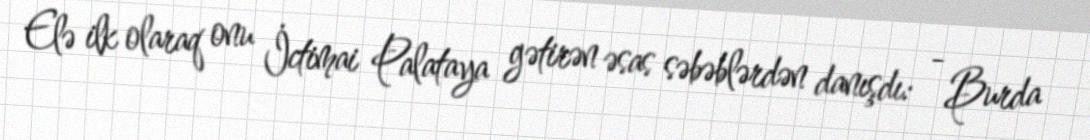
Elə ilk olaraq onu İctimai Palataya gətirən əsas səbəblərdən danışdı: - Burda